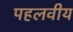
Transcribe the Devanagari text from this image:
पहलवीय